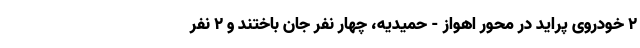
۲ خودروی پراید در محور اهواز - حمیدیه، چهار نفر جان باختند و ۲ نفر